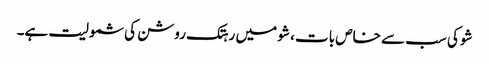
شو کی سب سے خاص بات ، شو میں رہتک روشن کی شمولیت ہے۔